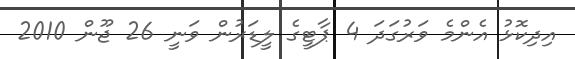
އިދިކޮޅު އެންމެ ވަރުގަދަ 4 ޕާޓީގެ ލީޑަރުން ވަނީ 26 ޖޫން 2010